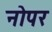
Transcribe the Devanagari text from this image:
नोपर